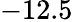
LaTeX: -12.5